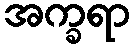
အက္ခရာ